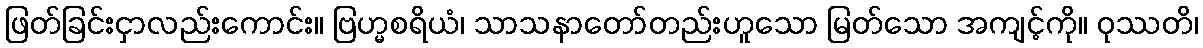
ဖြတ်ခြင်းငှာလည်းကောင်း။ ဗြဟ္မစရိယံ၊ သာသနာတော်တည်းဟူသော မြတ်သော အကျင့်ကို။ ဝုဿတိ၊